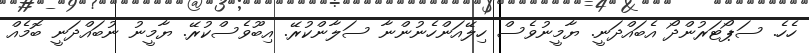
ހެހެ. ސަޕޯޓަރުންދޯ އެބައްދަނީ. ޔާމީނުވެސް ހިލޭއަންހެނުންނާ ސަލާންކުރޭ. އިބޫވެސްކުރޭ. ޔާމީނު ނުބައްދަނީ ބޮމެއް